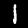
Digit: 1